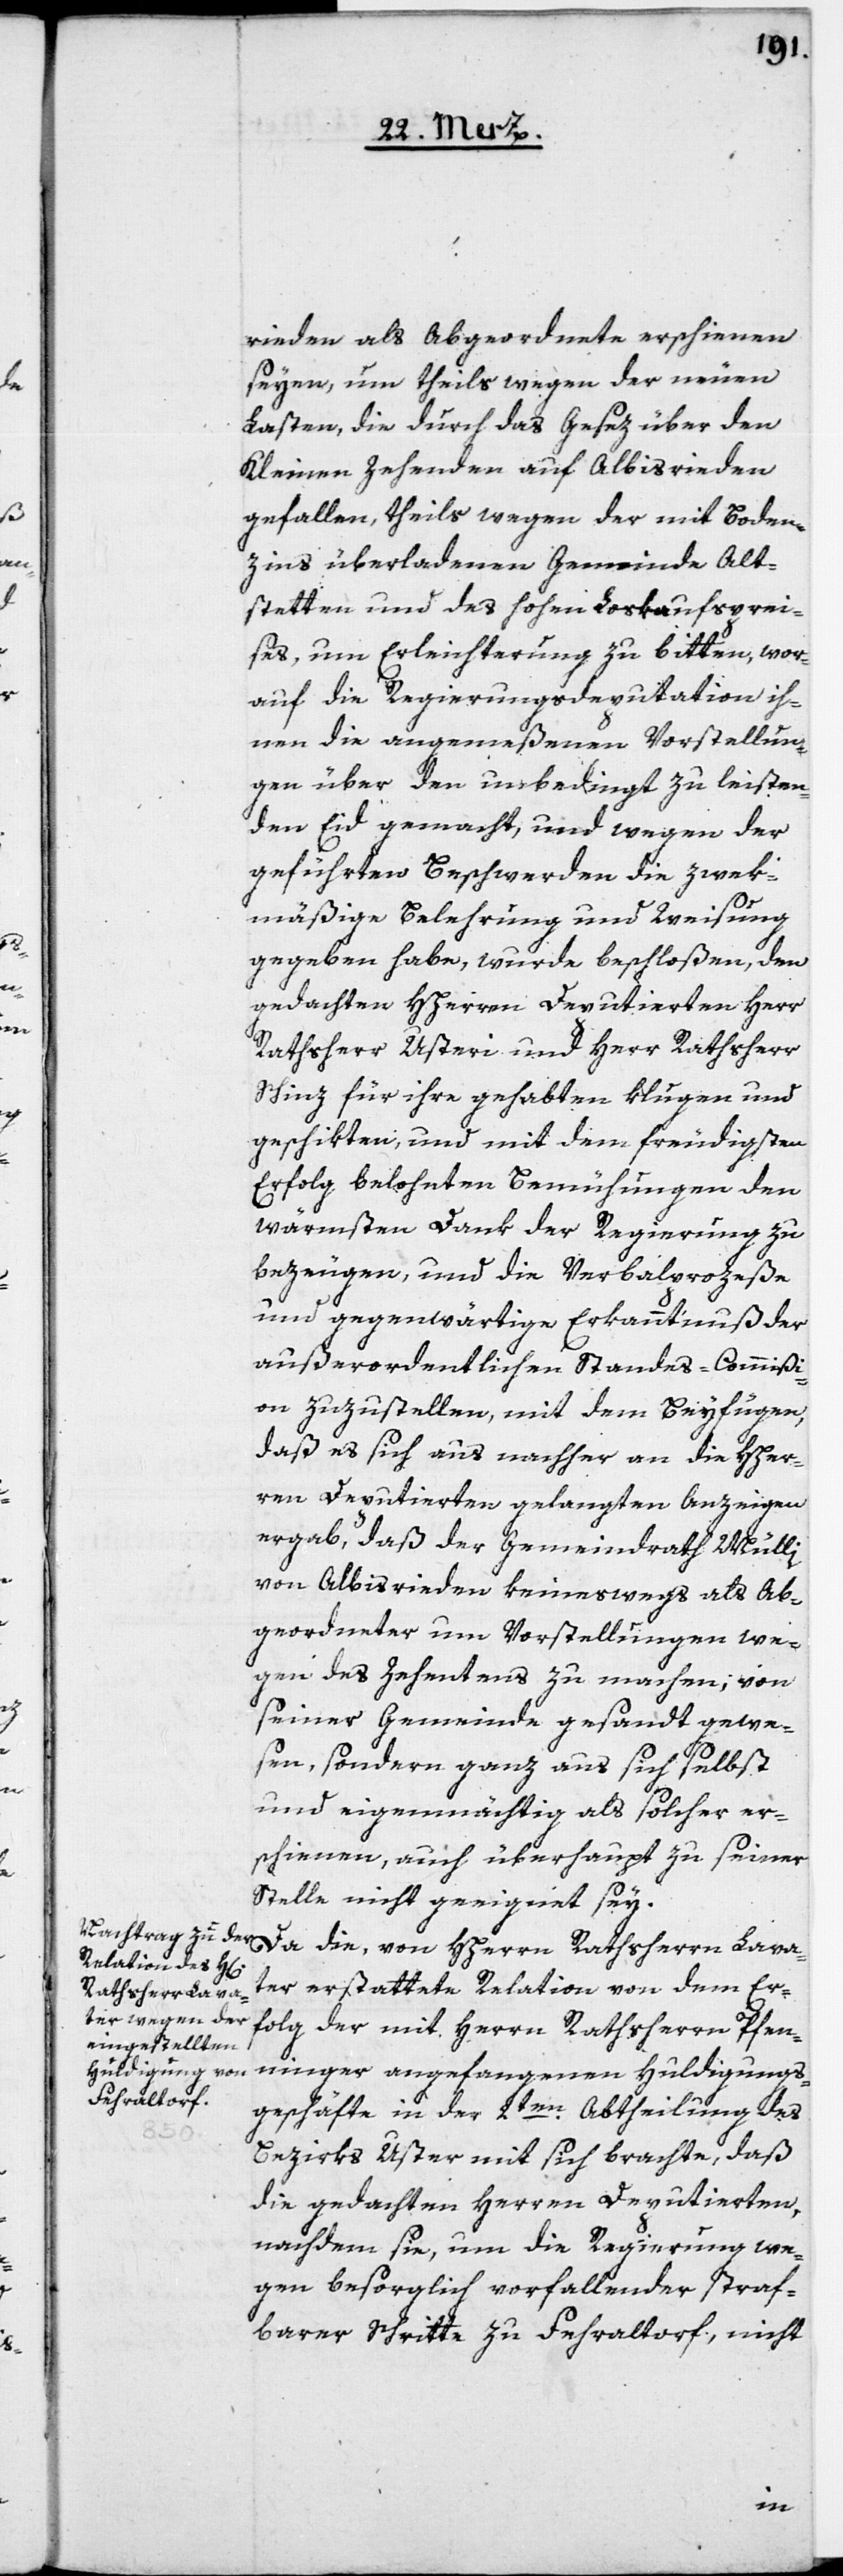
rieden als Abgeordnete erschienen
seyen, um theils wegen der neuen
Lasten, die durch das Gesez über den
Kleinen Zehenden auf Albisrieden
gefallen, theils wegen der mit Boden¬
zins überladenen Gemeinde Alt¬
stetten und des hohen Loskaufsprei¬
ses, um Erleichterung zu bitten, wor¬
auf die Regierungsdeputation ih¬
nen die angemeßenen Vorstellun¬
gen über den unbedingt zu leisten¬
den Eid gemacht, und wegen der
geführten Beschwerden die zweck¬
mäßige Belehrung und Weisung
gegeben habe, wurde beschloßen, den
gedachten HHerren Deputierten Herr
Rathsherr Usteri und Herr Rathsherr
Schinz für ihre gehabten klugen und
geschikten, und mit dem freudigsten
Erfolg belohnten Bemühungen den
wärmsten Dank der Regierung zu
bezeugen, und die Verbalprozeße
und gegenwärtige Erkanntnuß der
außerordentlichen Standes-Commißi¬
on zuzustellen, mit dem Beyfügen,
daß es sich aus nachher an die HHer¬
ren Deputierten gelangten Anzeigen
ergab, daß der Gemeindrath Mülli
von Albisrieden keineswegs als Ab¬
geordneter um Vorstellungen we¬
gen des Zehentens zu machen, von
seiner Gemeinde gesandt gewe¬
sen, sondern ganz aus sich selbst
und eigenmächtig als solcher er¬
schienen, auch überhaupt zu seiner
Stelle nicht geeignet sey.
Da die, von HHerrn Rathsherrn Lava¬
ter erstattete Relation von dem Er¬
folg der mit Herrn Rathsherrn Pfenn¬
inger angefangenen Huldigungs¬
geschäfte in der 2ten Abtheilung des
Bezirks Uster mit sich brachte, daß
die gedachten Herren Deputierten,
nachdem sie, um die Regierung we¬
gen besorglich vorfallender straf¬
barer Schritte zu Fehraltorf, nicht